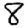
Digit: 8